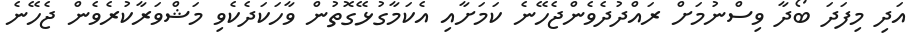
އަދި މިފަދަ ބޯދާ ވިސްނުމަށް ރައްދުދެވެންޖެހޭނެ ކަމަށާއި އެކަމާގުޅޭގޮތުން ވާހަކަދެކެވި މަޝްވަރާކުރެވެން ޖެހޭނެ